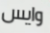
وايس